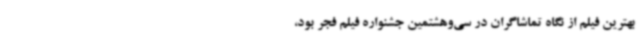
بهترین فیلم از نگاه تماشاگران در سی‌وهشتمین جشنواره فیلم فجر بود،